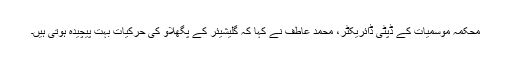
محکمہ موسمیات کے ڈپٹی ڈائریکٹر، محمد عاطف نے کہا کہ گلیشیئر کے پگھلاؤ کی حرکیات بہت پیچیدہ ہوتی ہیں۔